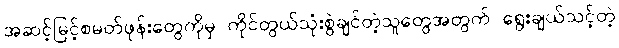
အဆင့်မြင့်စမတ်ဖုန်းတွေကိုမှ ကိုင်တွယ်သုံးစွဲချင်တဲ့သူတွေအတွက် ရွေးချယ်သင့်တဲ့